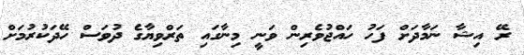
ރޭ އިޝާ ނަމާދަށް ފަހު ހައްޖުވެރިން ވަނީ މިނާގައި ތަރްވިޔާގެ ދުވަސް ހޭދަކުރުމަށް